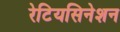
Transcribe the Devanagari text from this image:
रेटियसिनेशन